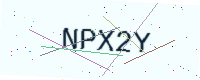
Text: NPX2Y